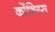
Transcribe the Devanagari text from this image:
कोंशिय्स